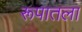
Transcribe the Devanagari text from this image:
रूपातला